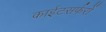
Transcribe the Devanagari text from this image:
काईटसर्फरों